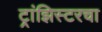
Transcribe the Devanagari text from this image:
ट्रांझिस्टरचा